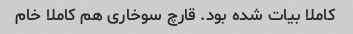
کاملا بیات شده بود. قارچ سوخاری هم کاملا خام